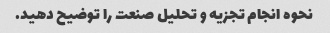
نحوه انجام تجزیه و تحلیل صنعت را توضیح دهید.